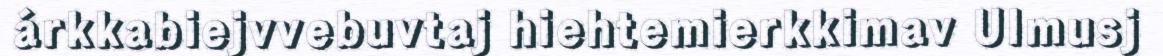
árkkabiejvvebuvtaj hiehtemierkkimav Ulmusj